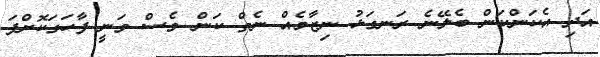
އަދި އެކަންކަން ބެލޭނެ ރަނގަޅު ނިޒާމެއް ނެތް ކަން ވެސް ވަނީ ފާހަގަކޮށްފަ